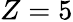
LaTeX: Z=5